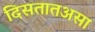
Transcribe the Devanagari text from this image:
दिसतातअसा